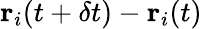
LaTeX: \textbf{r}_{i}(t+\delta t)-\textbf{r}_{i}(t)